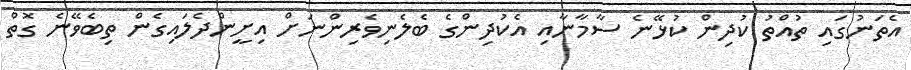
އެތަނުގައި ތުއްތު ކުދިން ކުޅޭނެ ސާމާނާއި އެކުދިންގެ ބެލެނިވެރިންނަށް އިށީންދެލައިގެން ތިބެވޭނެ ގޮތް